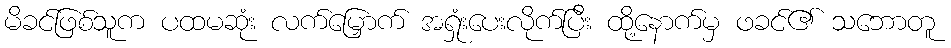
မိခင်ဖြစ်သူက ပထမဆုံး လက်မြှောက် အရှုံးပေးလိုက်ပြီး ထို့နောက်မှ ဖခင်၏ သဘောတူ